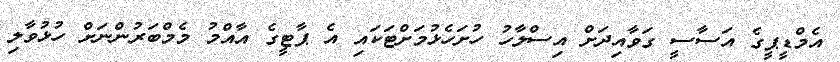
އެމްޑީޕީގެ އަސާސީ ގަވާއިދަށް އިސްލާހު ހުށަހެޅުމަށްޓަކައި އެ ޕާޓީގެ އާއްމު މެމްބަރުންނަށް ހުޅުވާލި